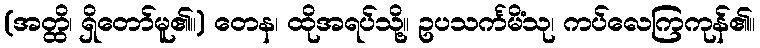
(အတ္ထိ၊ ရှိတော်မူ၏။) တေန၊ ထိုအရပ်သို့။ ဥပသင်္ကမိံသု၊ ကပ်လေကြကုန်၏။